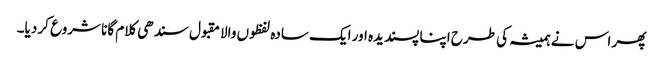
پھر اس نے ہمیشہ کی طرح اپنا پسندیدہ اور ایک سادہ لفظوں والا مقبول سندھی کلام گانا شروع کر دیا۔